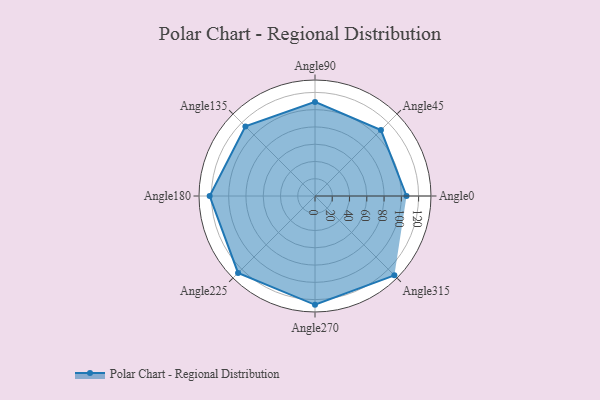
{"axis": {"x": "Angle", "y": "Radius"}, "legend": [""], "data": [{"x": "Angle0", "y": 106.0, "type": ""}, {"x": "Angle45", "y": 108.0, "type": ""}, {"x": "Angle90", "y": 109.0, "type": ""}, {"x": "Angle135", "y": 114.0, "type": ""}, {"x": "Angle180", "y": 122.0, "type": ""}, {"x": "Angle225", "y": 126.0, "type": ""}, {"x": "Angle270", "y": 126.0, "type": ""}, {"x": "Angle315", "y": 130.0, "type": ""}]}